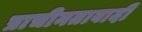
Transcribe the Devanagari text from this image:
प्राचीनतावादी